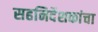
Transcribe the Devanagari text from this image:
सहनिर्देशकांचा